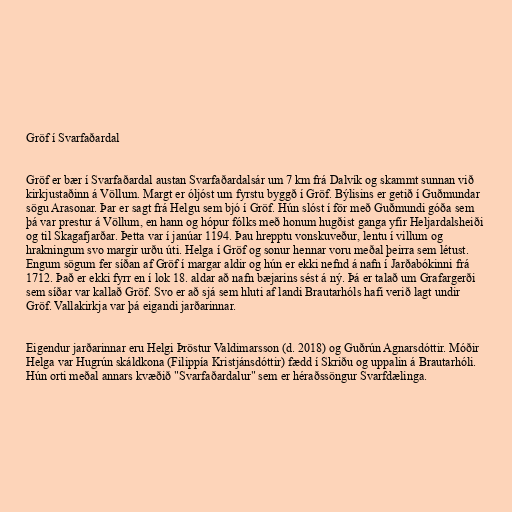
Gröf í Svarfaðardal

Gröf er bær í Svarfaðardal austan Svarfaðardalsár um 7 km frá Dalvík og skammt sunnan við
kirkjustaðinn á Völlum. Margt er óljóst um fyrstu byggð í Gröf. Býlisins er getið í Guðmundar
sögu Arasonar. Þar er sagt frá Helgu sem bjó í Gröf. Hún slóst í för með Guðmundi góða sem
þá var prestur á Völlum, en hann og hópur fólks með honum hugðist ganga yfir Heljardalsheiði
og til Skagafjarðar. Þetta var í janúar 1194. Þau hrepptu vonskuveður, lentu í villum og
hrakningum svo margir urðu úti. Helga í Gröf og sonur hennar voru meðal þeirra sem létust.
Engum sögum fer síðan af Gröf í margar aldir og hún er ekki nefnd á nafn í Jarðabókinni frá
1712. Það er ekki fyrr en í lok 18. aldar að nafn bæjarins sést á ný. Þá er talað um Grafargerði
sem síðar var kallað Gröf. Svo er að sjá sem hluti af landi Brautarhóls hafi verið lagt undir
Gröf. Vallakirkja var þá eigandi jarðarinnar.

Eigendur jarðarinnar eru Helgi Þröstur Valdimarsson (d. 2018) og Guðrún Agnarsdóttir. Móðir
Helga var Hugrún skáldkona (Filippía Kristjánsdóttir) fædd í Skriðu og uppalin á Brautarhóli.
Hún orti meðal annars kvæðið "Svarfaðardalur" sem er héraðssöngur Svarfdælinga.